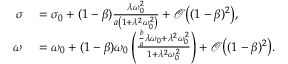
\begin{array} { r l } { \sigma } & { { } = \sigma _ { 0 } + ( 1 - \beta ) \frac { \lambda \omega _ { 0 } ^ { 2 } } { a \left( 1 + \lambda ^ { 2 } \omega _ { 0 } ^ { 2 } \right) } + \mathcal { O } \bigl ( ( 1 - \beta ) ^ { 2 } \bigr ) , } \\ { \omega } & { { } = \omega _ { 0 } + ( 1 - \beta ) \omega _ { 0 } \left( \frac { \frac { b } { a } \lambda \omega _ { 0 } + \lambda ^ { 2 } \omega _ { 0 } ^ { 2 } } { 1 + \lambda ^ { 2 } \omega _ { 0 } ^ { 2 } } \right) + \mathcal { O } \bigl ( ( 1 - \beta ) ^ { 2 } \bigr ) . } \end{array}